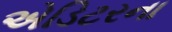
એડિટરના